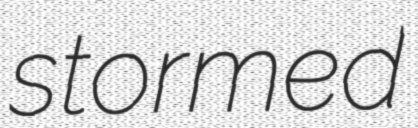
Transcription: stormed